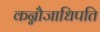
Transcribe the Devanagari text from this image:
कन्नौजाधिपति